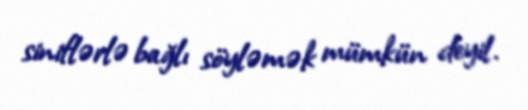
siniflərlə bağlı söyləmək mümkün deyil.